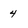
Character: 4